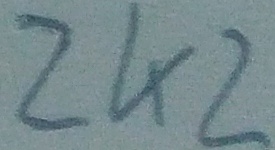
Text: 2K2